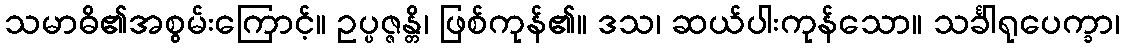
သမာဓိ၏အစွမ်းကြောင့်။ ဥပ္ပဇ္ဇန္တိ၊ ဖြစ်ကုန်၏။ ဒသ၊ ဆယ်ပါးကုန်သော။ သင်္ခါရုပေက္ခာ၊